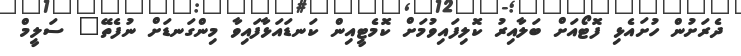
ދެރަށުން ހުށައެޅި ފޮޓޯއަށް ބަލާއިރު ކޮލިފައިވުމަށް ކޮމެޓީއިން ކަނޑައަޅާފައިވާ މިންގަނޑަށް ނުފެތޭ" ސަލީމް